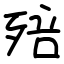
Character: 殕